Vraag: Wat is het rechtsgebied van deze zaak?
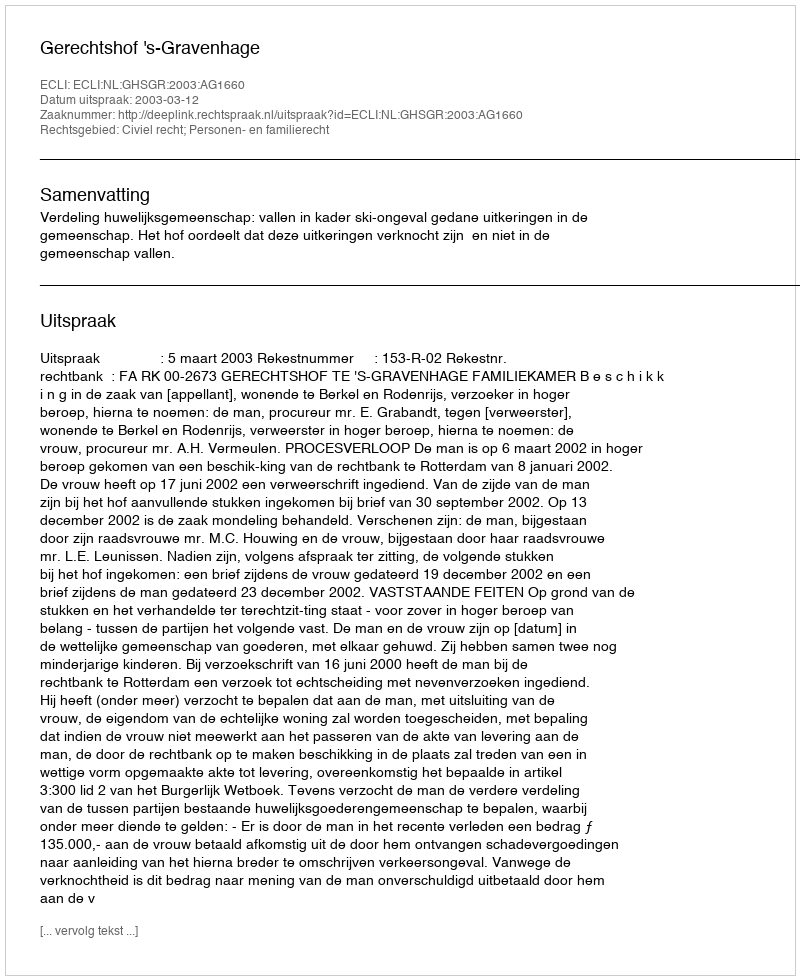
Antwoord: Civiel recht; Personen- en familierecht